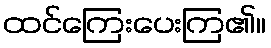
ထင်ကြေးပေးကြ၏။